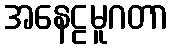
အနေဠမူဂတာ